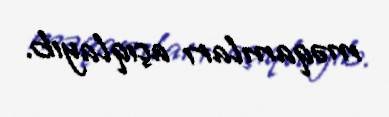
məqamları açıqlayıb.